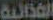
الغذائية